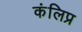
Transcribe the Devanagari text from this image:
कंलिप्र